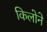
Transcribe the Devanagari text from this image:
किलोने